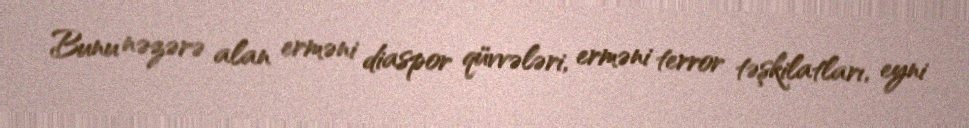
Bunu nəzərə alan erməni diaspor qüvvələri, erməni terror təşkilatları, eyni